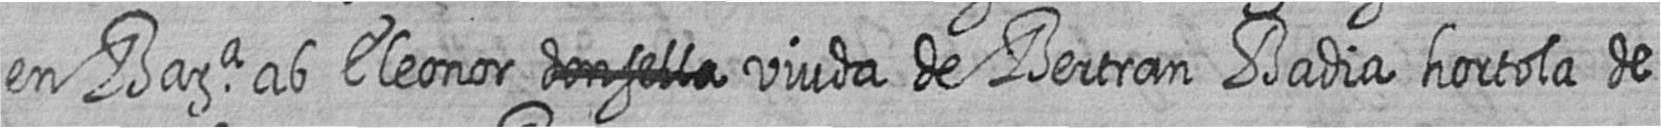
en Bara ab Eleonor # viuda de Bertran Badia hortola de